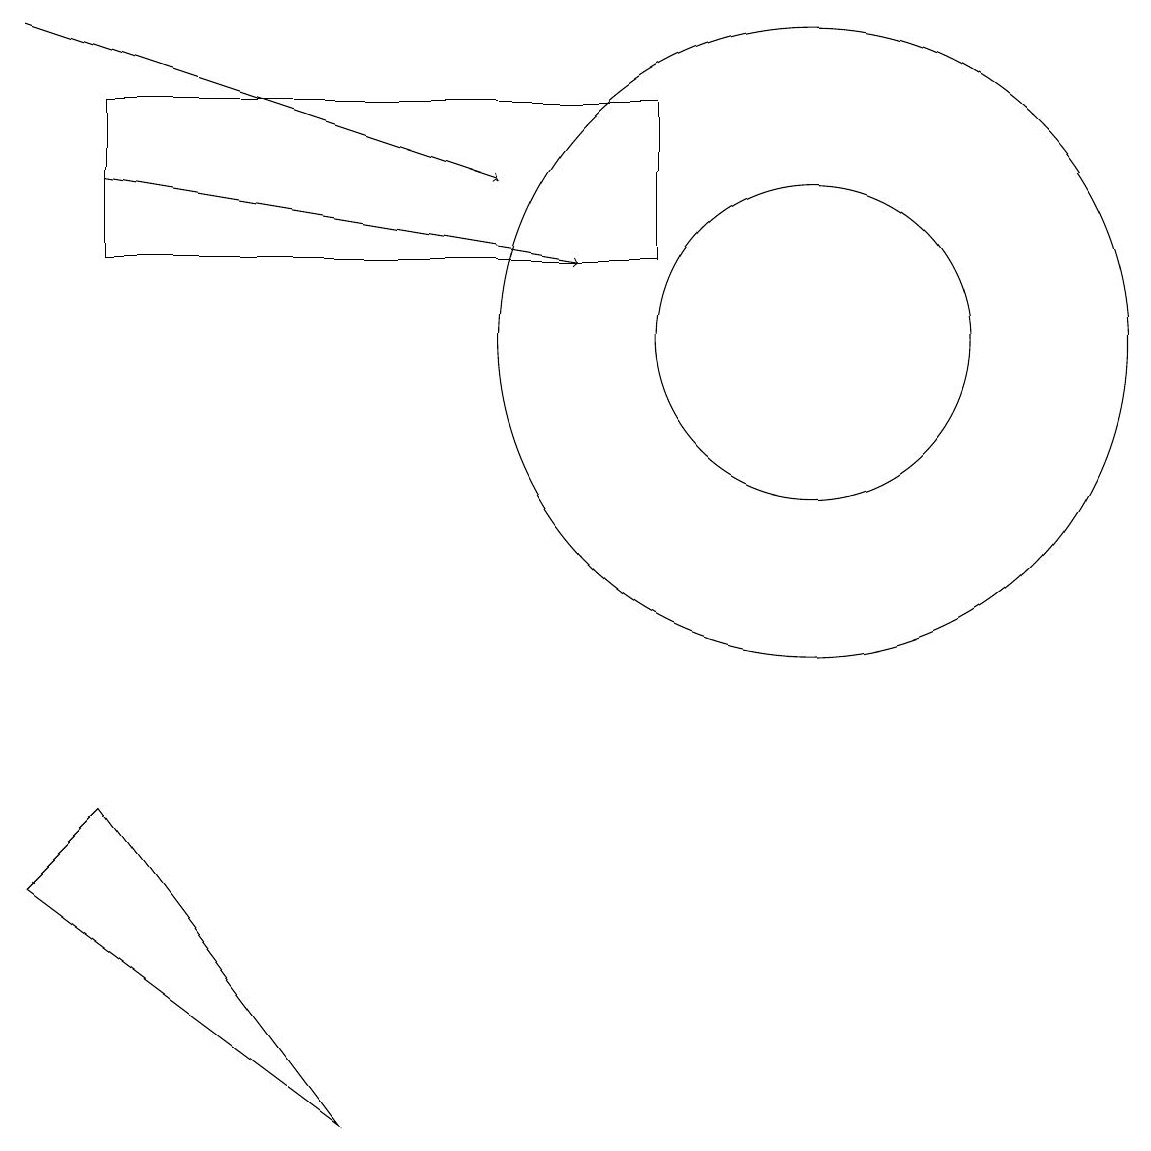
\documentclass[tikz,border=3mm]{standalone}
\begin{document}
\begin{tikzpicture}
\draw[->] (0,15) -- (6,13);
\draw (1,5) -- (4,1) -- (0,4) -- cycle;
\draw (10,11) circle (4);
\draw (1,12) rectangle (8,14);
\draw (10,11) circle (2);
\draw[->] (1,13) -- (7,12);
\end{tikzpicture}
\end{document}